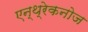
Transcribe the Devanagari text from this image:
एन्थ्रेकनोज